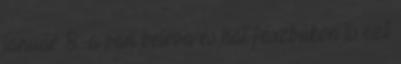
január 8.-a van beírva és hát fészbúkon is ezt